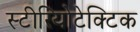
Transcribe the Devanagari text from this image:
स्टीरियोटेक्टिक